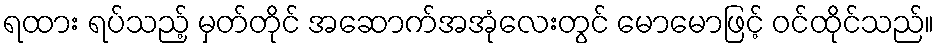
ရထား ရပ်သည့် မှတ်တိုင် အဆောက်အအုံလေးတွင် မောမောဖြင့် ဝင်ထိုင်သည်။